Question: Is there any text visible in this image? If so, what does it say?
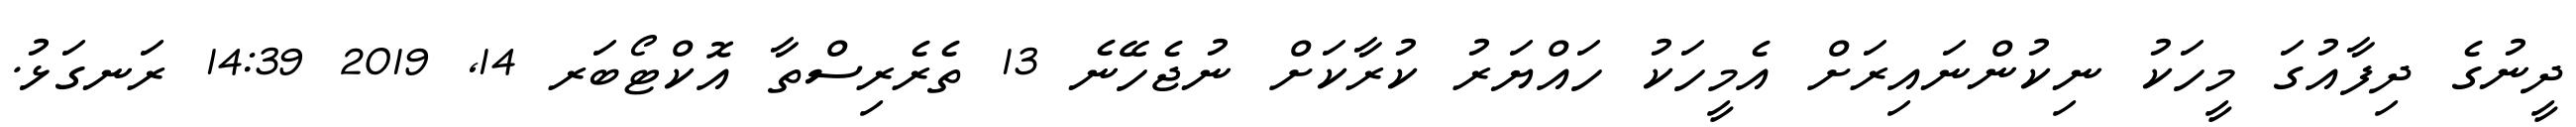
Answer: ދީނުގެ ދިފާއުގަ މީހަކު ނިކުންނައިރަށް އެމީހަކު ހައްޔަރު ކުރާކަށް ނުޖެހޭނެ 13 ތެރެރިސްތާ އޮކްޓޯބަރ 14, 2019 14:39 ރަނގަޅު.